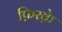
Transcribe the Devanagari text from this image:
फ़िरके़